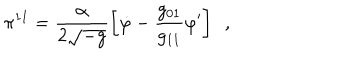
LaTeX: \pi ^ { 1 1 } = \frac { \alpha } { 2 \sqrt { - g } } \left[ \dot { \varphi } - \frac { g _ { 0 1 } } { g _ { 1 1 } } \varphi ^ { \prime } \right] \, \, \, ,